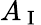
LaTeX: A_{\mathrm{~I~}}